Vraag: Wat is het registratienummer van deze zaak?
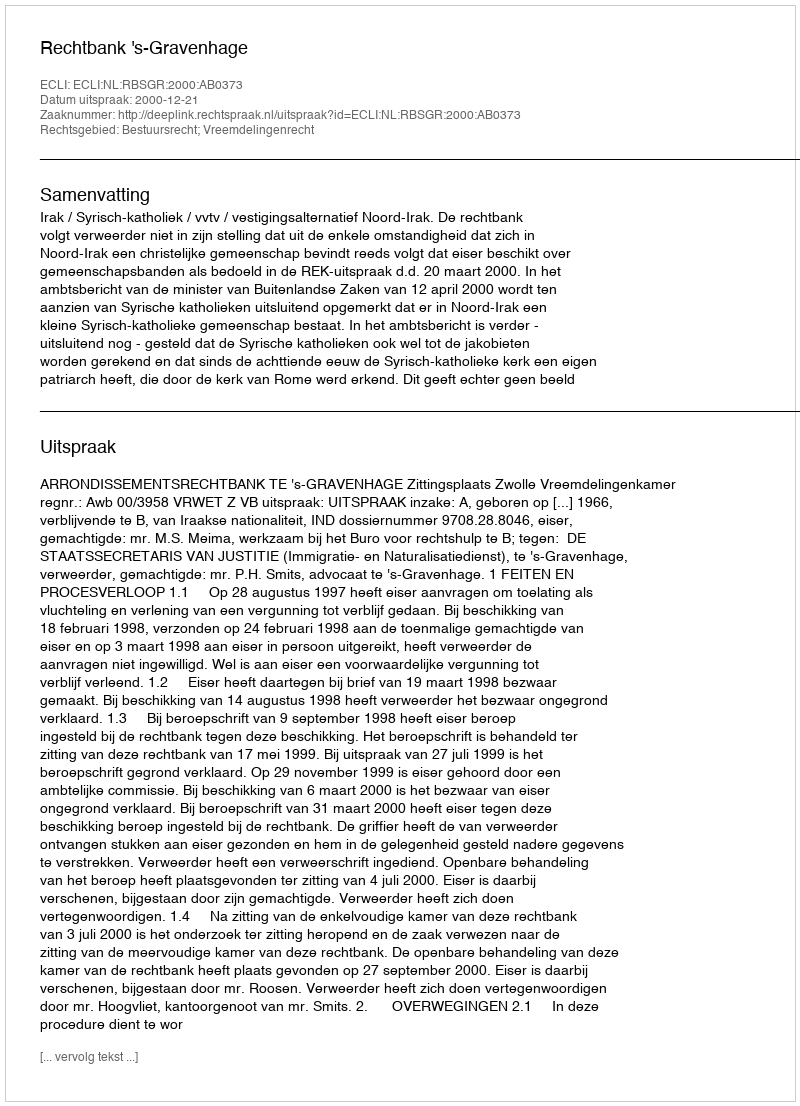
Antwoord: http://deeplink.rechtspraak.nl/uitspraak?id=ECLI:NL:RBSGR:2000:AB0373